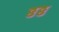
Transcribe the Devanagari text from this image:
ढ्ढढ्ढ